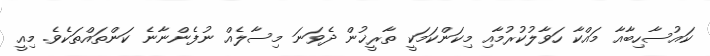
ކައުސާހިބާއާ މައްކާ ހަވާލުކުރުމާއި މިކަންކަމަކީ ތާރީޚުން ދެވަނަ މިސާލެއް ނުފެންނާނެ ކަންތައްތަކެވެ. މިއީ